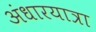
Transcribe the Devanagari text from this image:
अंधारयात्रा